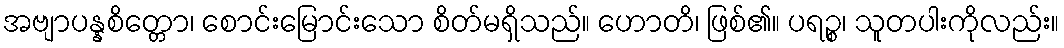
အဗျာပန္နစိတ္တော၊ စောင်းမြောင်းသော စိတ်မရှိသည်။ ဟောတိ၊ ဖြစ်၏။ ပရဉ္စ၊ သူတပါးကိုလည်း။